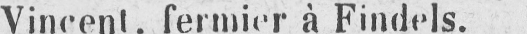
Vincent, fermier à Findels.